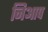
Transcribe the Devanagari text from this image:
निआप